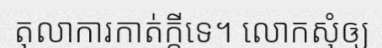
តុលាការកាត់ក្តីទេ។ លោកសុំឲ្យ